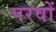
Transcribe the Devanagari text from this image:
परवों